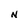
Character: N